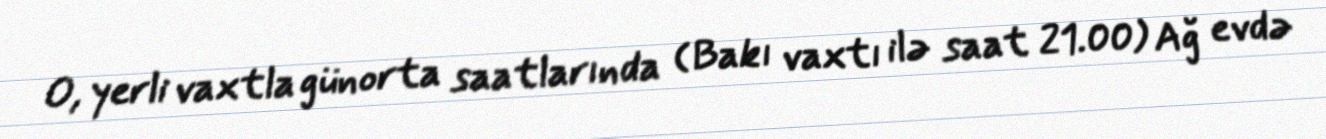
O, yerli vaxtla günorta saatlarında (Bakı vaxtı ilə saat 21.00) Ağ evdə